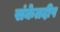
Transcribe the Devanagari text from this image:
संकेतदीप